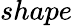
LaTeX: shape